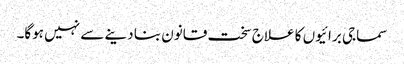
سماجی برائیوں کا علاج سخت قانون بنا دینے سے نہیں ہوگا۔